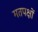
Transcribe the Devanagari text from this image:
मतपक्षों